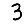
Digit: 3